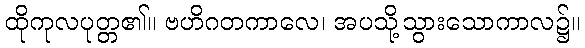
ထိုကုလပုတ္တ၏။ ဗဟိဂတကာလေ၊ အပသို့သွားသောကာလ၌။